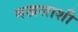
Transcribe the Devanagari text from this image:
मखलाशी